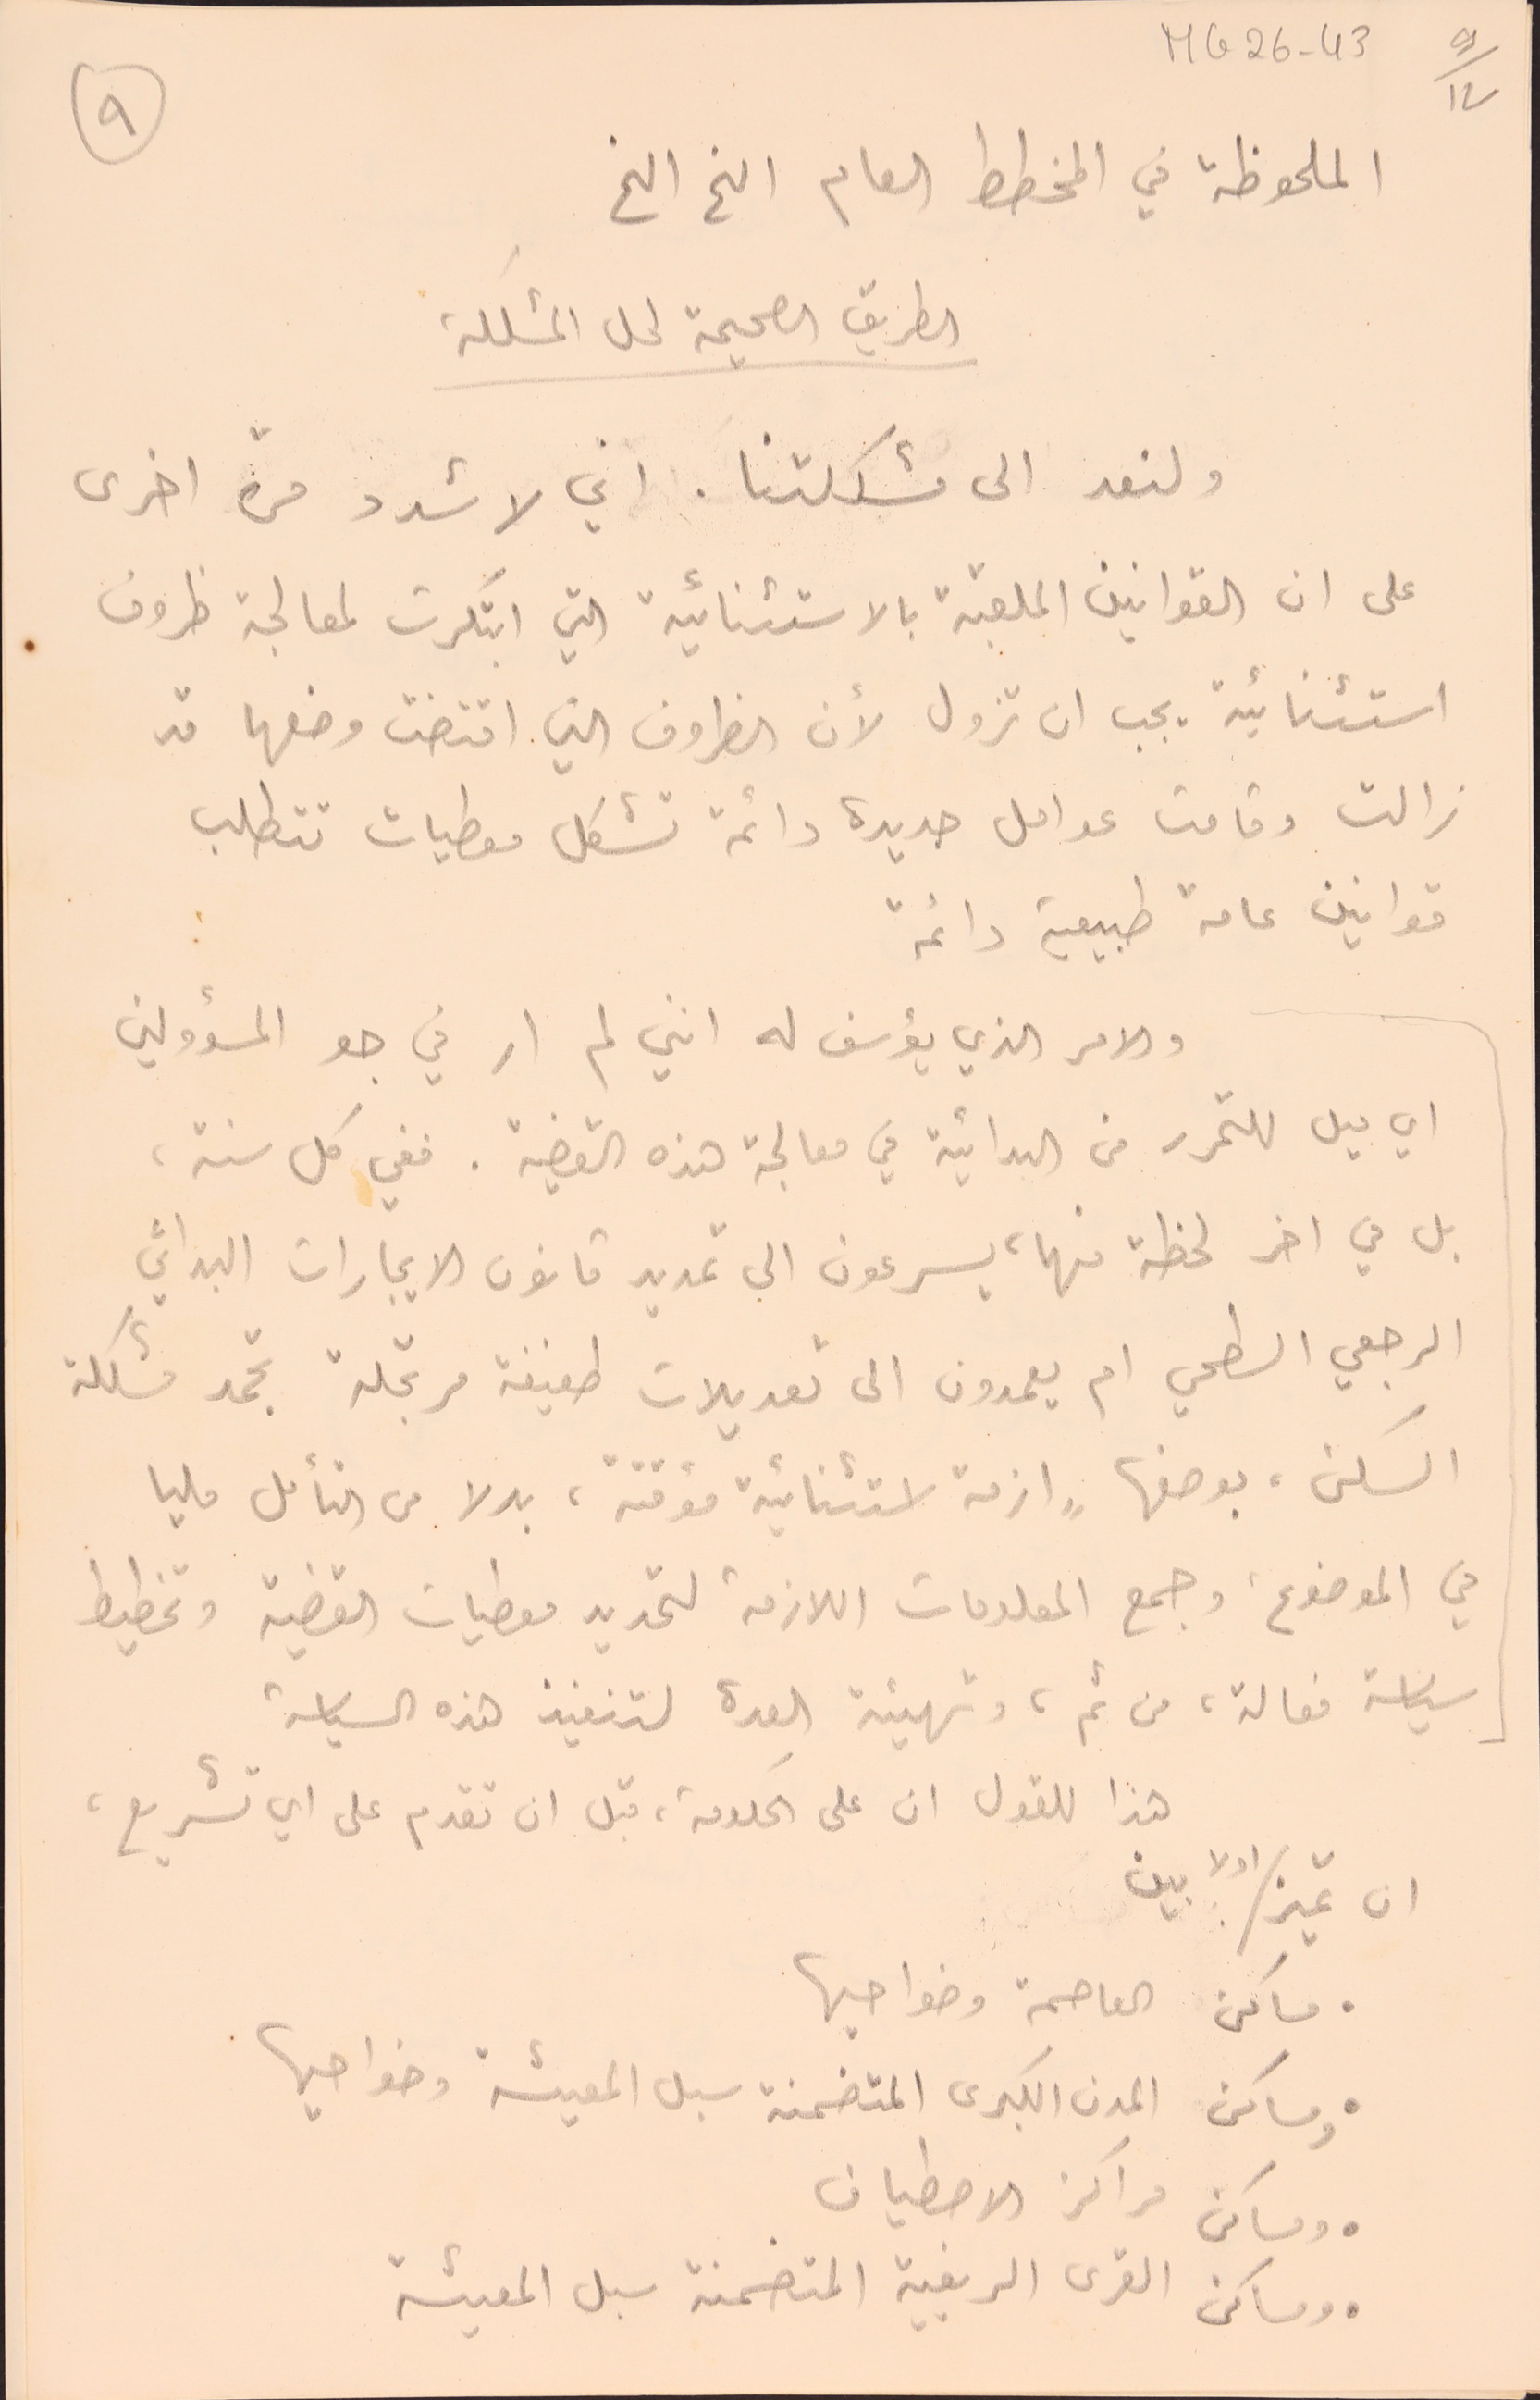
MG26-43   9/12
الملحوظة في المخطط العام الخ الخ
الطريق الصحيحة لحلى المشكلة
ولنعد الى مشكلتنا. اني لاشدد مرة اخرى
على ان القوانين الملقبة بالاستثنائية التي ابتكرت لمعالجة ظروف
استثنائية يجب ان تزول لأن الظروف التي اقتضت وضعها قد
زالت وقامت عوامل جديدة دائمة تشكل معطيات تتطلب
قوانين عامة طبيعية دائمة
والامر الذي يؤسف له انني لم ار في جو المسؤولين
اي ميل للتحرر من البدائية في معالجة هذه القضية. ففي كل سنة،
بل في اخر لحظة منها، يسرعون الى تمديد قانون الايجارات البدائي
الرجعي السطحي ام يعمدون الى تعديلات طفيفة مرتجلة تجمد مشكلة
السكن، بوصفها ازمة استثنائية مؤقتة، بدلا من التأمل مليا
في الموضوع، وجمع المعلومات اللازمة لتحديد معطيات القضية وتخطيط
سياسة فعالة، من ثم، وتهيئة العِدة لتنفيذ هذه السياسة
 هذا للقول ان على الحكومة، قبل ان تقدم على اي تشريع،
● مساكن العاصمة وضواحيها
● ومساكن المدن الكبرى المتضمنة سبل المعيشة وضواحيها.
● ومساكن مراكز الاصطياف
 ● ومساكن القرى الريفية المتضمنة سبل المعيشة
٩
ان تميز / اولا بين :